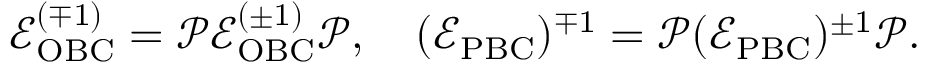
\begin{array} { r } { \mathcal { E } _ { \mathrm { O B C } } ^ { ( \mp 1 ) } = \mathcal { P } \mathcal { E } _ { \mathrm { O B C } } ^ { ( \pm 1 ) } \mathcal { P } , \quad ( \mathcal { E } _ { \mathrm { P B C } } ) ^ { \mp 1 } = \mathcal { P } ( \mathcal { E } _ { \mathrm { P B C } } ) ^ { \pm 1 } \mathcal { P } . } \end{array}